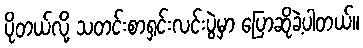
ပိုတယ်လို့ သတင်းစာရှင်းလင်းပွဲမှာ ပြောဆိုခဲ့ပါတယ်။